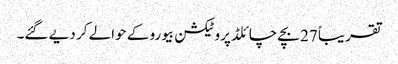
تقریباً 27 بچے چائلڈ پروٹیکشن بیورو کے حوالے کر دیے گئے۔